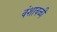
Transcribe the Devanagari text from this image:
वंशावळी